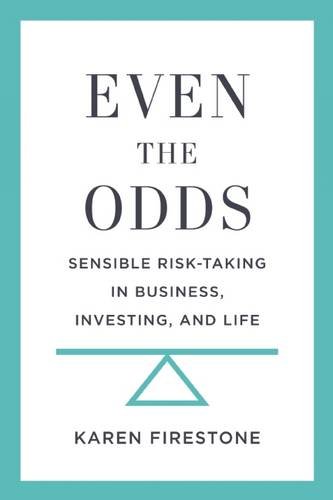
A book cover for Even the Odds: Sensible Risk-Taking in Business, Investing, and Life; Karen Firestone; Business & Money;